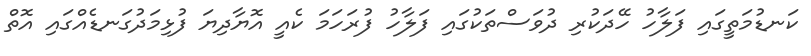
ކަނޑުމަތީގައި ފަލާހު ހޭދަކުރި ދުވަސްތަކުގައި ފަލާހު ފުރަހަމަ ކެއީ އޮޔާދިޔަ ފުޅިމަދުގަނޑެއްގައި އޮތް